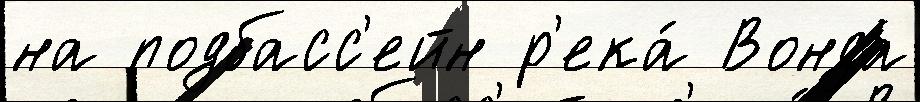
на подбасс'ейн р'ека́ Вонда